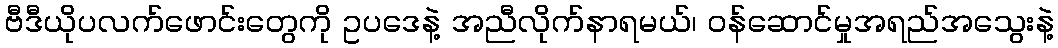
ဗီဒီယိုပလက်ဖောင်းတွေကို ဥပဒေနဲ့ အညီလိုက်နာရမယ်၊ ဝန်ဆောင်မှုအရည်အသွေးနဲ့